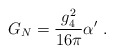
\begin{align*}G_N = \frac{g_4^2}{16\pi}\alpha'\ .\end{align*}